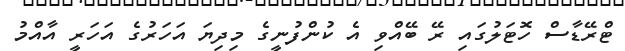
ޓްރޭޑާސް ހޮޓަލުގައި ރޭ ބޭއްވި އެ ކުންފުނީގެ މިދިޔަ އަހަރުގެ އަހަރީ އާއްމު